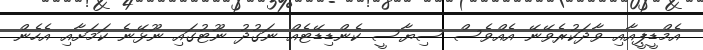
އެމްޑީޕީއާއި ވާދަކުރެވޭނޭ އެއްވެސް ސިޔާސީ ކެންޑިޑޭޓެއް ނަގުދު ނޫޓުގައި ނޫޅޭނެ ކަމަށާއި އެހެން